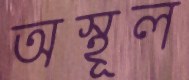
অস্থূল